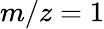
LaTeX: m/z=1